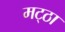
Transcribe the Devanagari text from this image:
मट्‌ठा